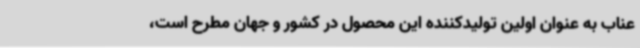
عناب به عنوان اولین تولیدکننده این محصول در کشور و جهان مطرح است،